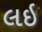
લઇ